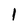
Character: l